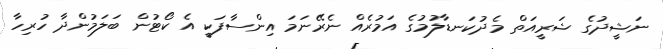
ނަޝީދުގެ ޝަރީއަތް މެދުކަނޑާލުމުގެ އަމުރެއް ނެރޭނަމަ އިންސާފަކީ އެ ކޯޓުން ބަލަމުންދާ ހުރިހާ